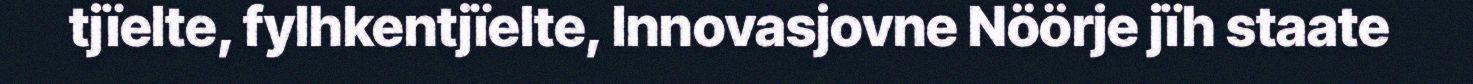
tjïelte, fylhkentjïelte, Innovasjovne Nöörje jïh staate